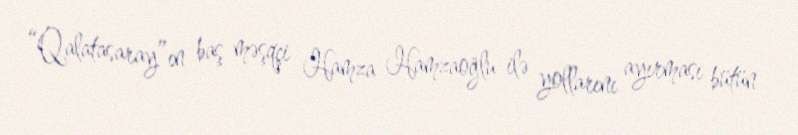
“Qalatasaray”ın baş məşqçi Hamza Hamzaoğlu ilə yollarını ayırması bütün